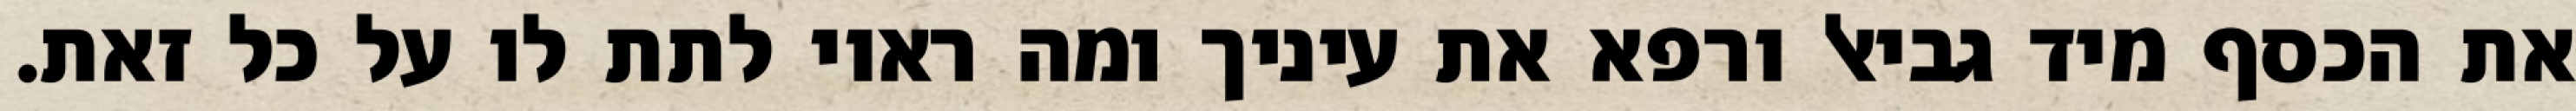
את הכסף מיד גביאל ורפא את עיניך ומה ראוי לתת לו על כל זאת.